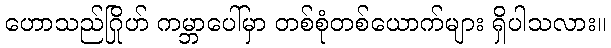
ဟောသည်ဂြိုဟ် ကမ္ဘာပေါ်မှာ တစ်စုံတစ်ယောက်များ ရှိပါသလား။